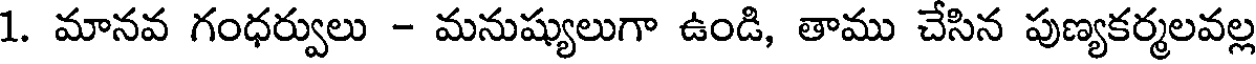
1. మానవ గంధర్వులు - మనుష్యులుగా ఉండి, తాము చేసిన పుణ్యకర్మలవల్ల